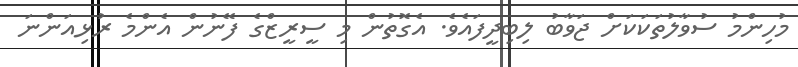
މުހިންމު ސުވާލުތަކަކަށް ޖަވާބު ލިބިދީފައެވެ. އެގޮތުން މި ސީރީޒްގެ ފޭނުން އެންމެ ރުޅިއަންނަ